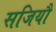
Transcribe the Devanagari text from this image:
सजियौ